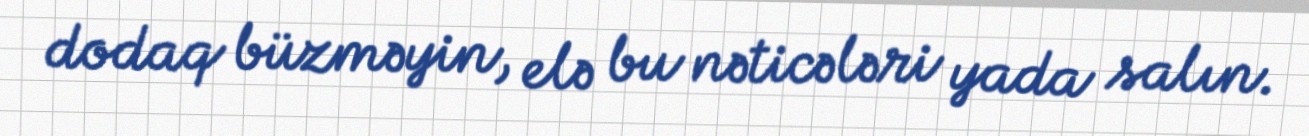
dodaq büzməyin, elə bu nəticələri yada salın.